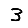
Digit: 3